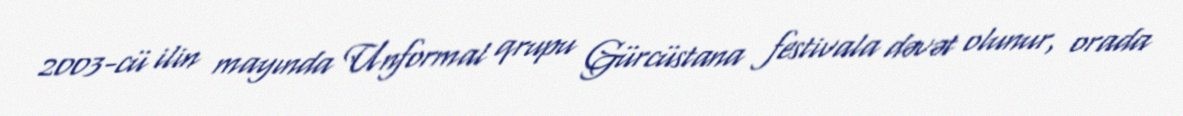
2003-cü ilin mayında Unformal qrupu Gürcüstana festivala dəvət olunur, orada